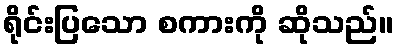
ရိုင်းပြသော စကားကို ဆိုသည်။